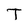
Character: T